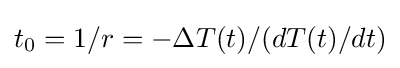
t_{0}=1/r=-\Delta T(t)/(dT(t)/dt)